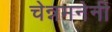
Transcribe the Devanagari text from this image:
चेन्नमनेनी